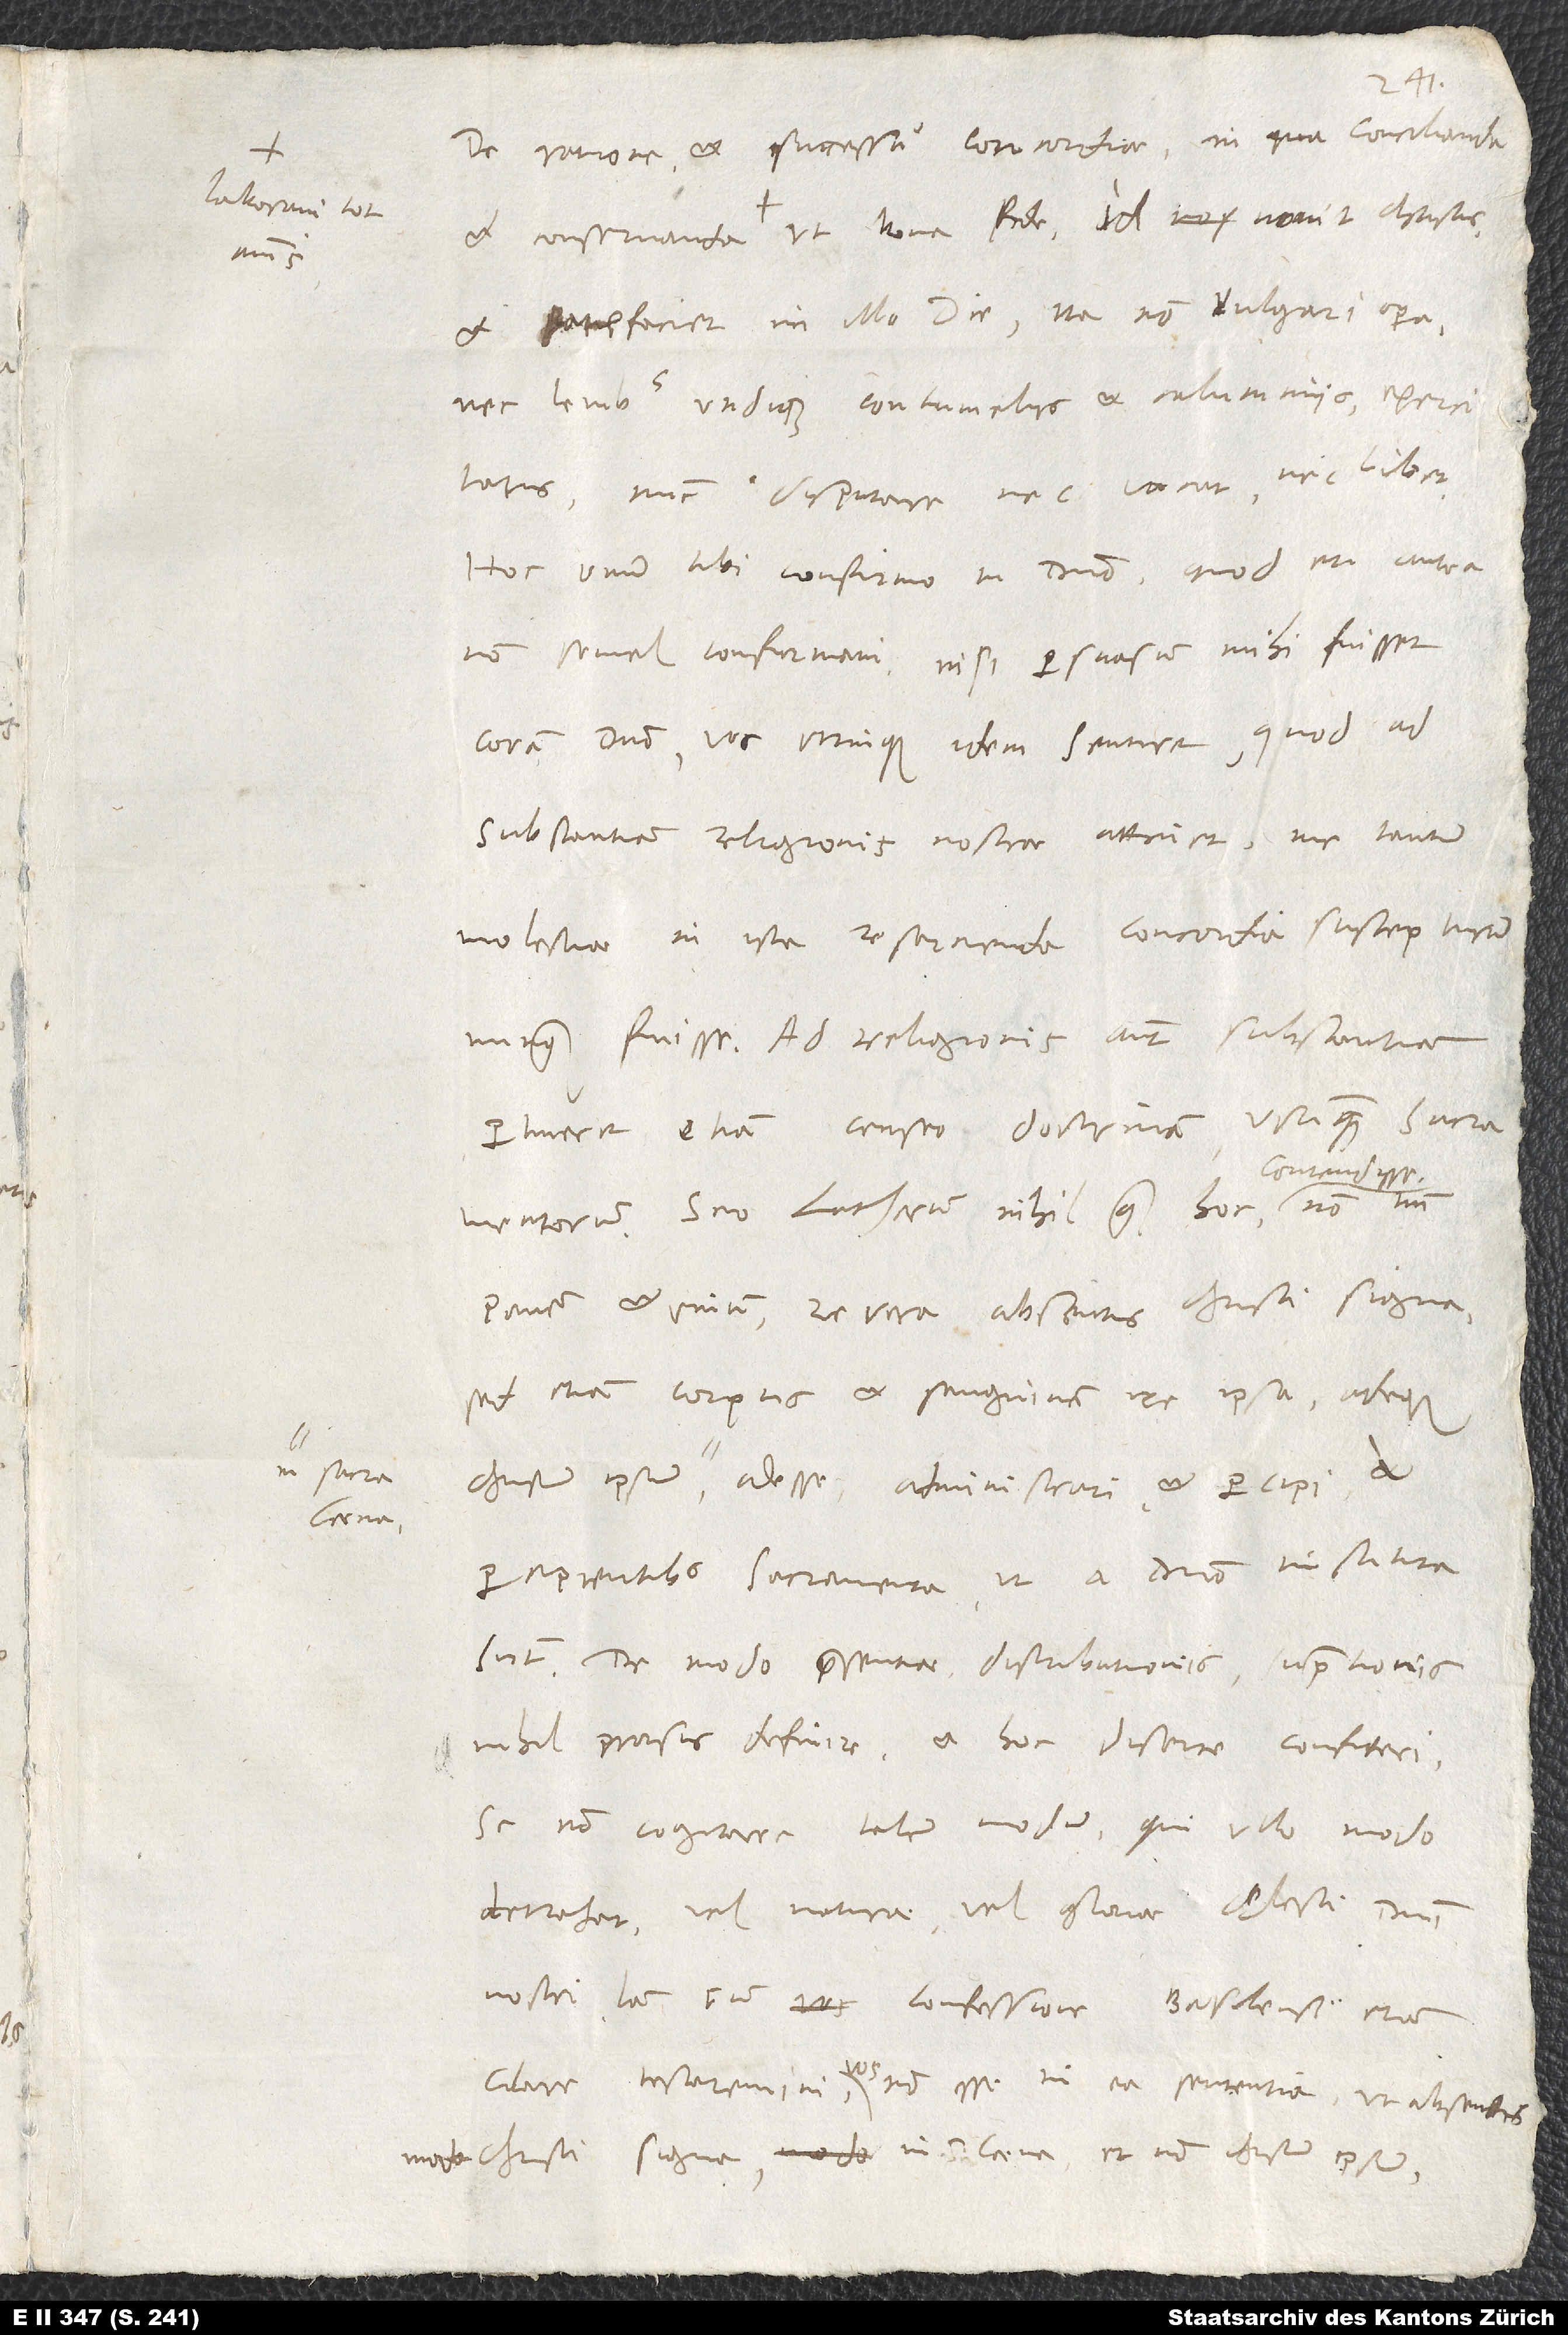
laboravi tot

De ratione et successu concordiae, in qua concilianda
et patefaciet in illo die -, ita non vulgari opera
nec levibus undique contumeliis et calumniis exercitatus,
nunc disputare nec vacat nec libet.
Hoc unum tibi confirmo in domino, quod et antea
non semel confirmavi: nisi persuasum mihi fuisset
coram domino vos utrinque idem sentire, quod ad
substantiam religionis nostrae attinet, me tantum
molestiae in ista resarcienda concordia suscepturum
nunquam fuisse. Ad religionis autem substantiam
pertinere etiam censeo doctrinam usumque sacramentorum.
Scio Lutherum nihil quam hoc contendisse
panem et vinum, re vera absentis Christi signa,
sed etiam corpus et sanguinem re ipsa adeoque
percipientibus sacramenta, ut a domino instituta
sunt; de modo praesentiae, distributionis, sumptionis
nihil prorsus definire et hoc diserte confiteri
se non cogitare talem modum, qui ullo modo
detrahat vel naturae vel gloriae Christi, domini
nostri. Iam cum confessione Basiliensi etiam
clare testaremini vos non esse in ea sententia, ut absentis
modo Christi signa in sacra coena et non Christum ipsum